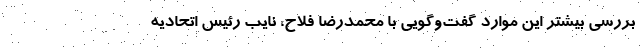
بررسی بیشتر این موارد گفت‌وگویی با محمدرضا فلاح، نایب رئیس اتحادیه